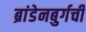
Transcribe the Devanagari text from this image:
ब्रांडेनबुर्गची